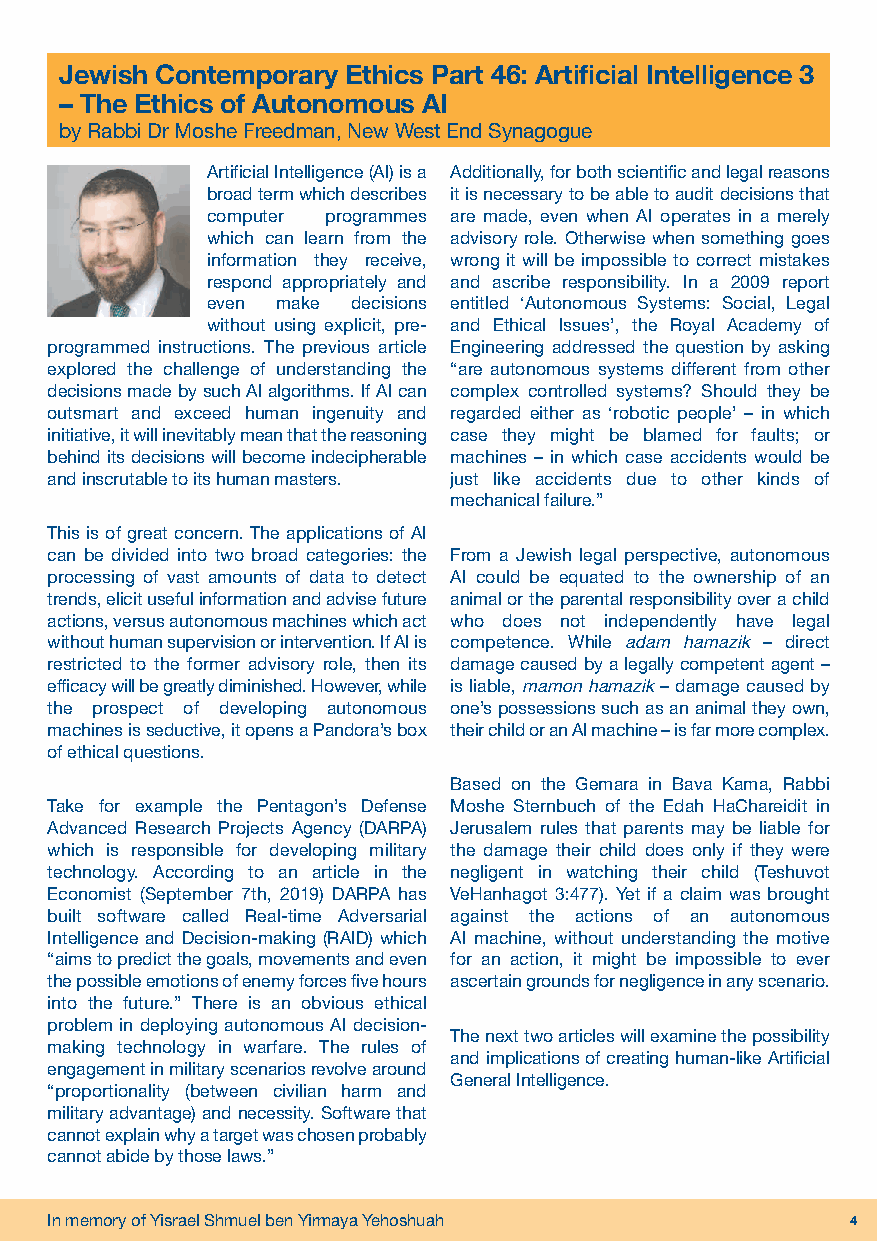
Jewish Contemporary Ethics Part 46: Artificial Intelligence 3
 – The Ethics of Autonomous AI
 by Rabbi Dr Moshe Freedman, New West End Synagogue
 Artificial Intelligence (AI) is a Additionally, for both scientific and legal reasons
 broad term which describes it is necessary to be able to audit decisions that
 computer programmes are made, even when AI operates in a merely
 which can learn from the advisory role. Otherwise when something goes
 information they receive, wrong it will be impossible to correct mistakes
 respond appropriately and and ascribe responsibility. In a 2009 report
 even make decisions entitled ‘Autonomous Systems: Social, Legal
 without using explicit, pre- and Ethical Issues’, the Royal Academy of
 programmed instructions. The previous article Engineering addressed the question by asking
 explored the challenge of understanding the “are autonomous systems different from other
 decisions made by such AI algorithms. If AI can complex controlled systems? Should they be
 outsmart and exceed human ingenuity and regarded either as ‘robotic people’ – in which
 initiative, it will inevitably mean that the reasoning case they might be blamed for faults; or
 behind its decisions will become indecipherable machines – in which case accidents would be
 and inscrutable to its human masters. just like accidents due to other kinds of
 mechanical failure.”
 This is of great concern. The applications of AI
 can be divided into two broad categories: the From a Jewish legal perspective, autonomous
 processing of vast amounts of data to detect AI could be equated to the ownership of an
 trends, elicit useful information and advise future animal or the parental responsibility over a child
 actions, versus autonomous machines which act who does not independently have legal
 without human supervision or intervention. If AI is competence. While – direct
 adam hamazik
 restricted to the former advisory role, then its damage caused by a legally competent agent –
 efficacy will be greatly diminished. However, while is liable, – damage caused by
 mamon hamazik
 the prospect of developing autonomous one’s possessions such as an animal they own,
 machines is seductive, it opens a Pandora’s box their child or an AI machine – is far more complex.
 of ethical questions.
 Based on the Gemara in Bava Kama, Rabbi
 Take for example the Pentagon’s Defense Moshe Sternbuch of the Edah HaChareidit in
 Advanced Research Projects Agency (DARPA) Jerusalem rules that parents may be liable for
 which is responsible for developing military the damage their child does only if they were
 technology. According to an article in the negligent in watching their child (Teshuvot
 Economist (September 7th, 2019) DARPA has VeHanhagot 3:477). Yet if a claim was brought
 built software called Real-time Adversarial against the actions of an autonomous
 Intelligence and Decision-making (RAID) which AI machine, without understanding the motive
 “aims to predict the goals, movements and even for an action, it might be impossible to ever
 the possible emotions of enemy forces five hours ascertain grounds for negligence in any scenario.
 into the future.” There is an obvious ethical
 problem in deploying autonomous AI decision-
 The next two articles will examine the possibility
 making technology in warfare. The rules of
 and implications of creating human-like Artificial
 engagement in military scenarios revolve around
 General Intelligence.
 “proportionality (between civilian harm and
 military advantage) and necessity. Software that
 cannot explain why a target was chosen probably
 cannot abide by those laws.”
 In memory of Yisrael Shmuel ben Yirmaya Yehoshuah    4